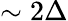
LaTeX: \sim 2\Delta